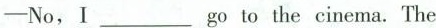
——No,I ___ go to the cinema. The